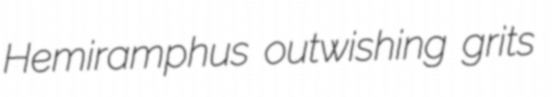
Hemiramphus outwishing grits